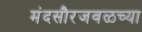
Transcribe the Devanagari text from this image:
मंदसौरजवळच्या